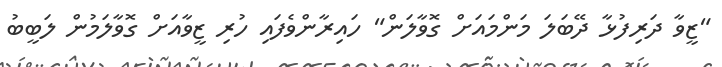
"ޒީވާ ދަރިފުޅާ ދޭބަލަ މަންމައަށް ގޮވާލަން" ހައިރާންވެފައި ހުރި ޒީވާއަށް ގޮވާލަމުން ލަބީބު